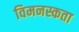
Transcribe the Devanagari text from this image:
विमनस्कता